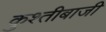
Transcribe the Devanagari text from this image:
कुश्तीबाजी